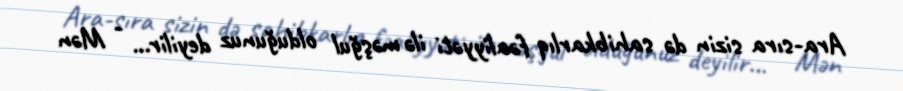
Ara-sıra sizin də sahibkarlıq fəaliyyəti ilə məşğul olduğunuz deyilir... - Mən